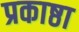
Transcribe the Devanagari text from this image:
प्रकाष्ठा